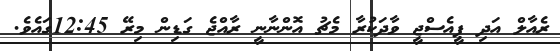
ރެއާލް އަދި ޕީއެސްޖީ ވާދަކުރާ މެޗު އޮންނާނީ ރާއްޖެ ގަޑިން މިރޭ 12:45ގައެވެ.